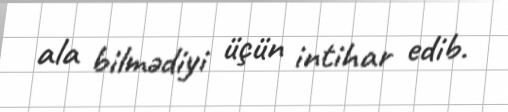
ala bilmədiyi üçün intihar edib.